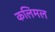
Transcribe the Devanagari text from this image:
कलिमल